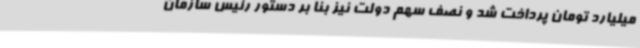
میلیارد تومان پرداخت شد و نصف سهم دولت نیز بنا بر دستور رئیس سازمان